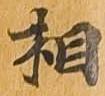
相